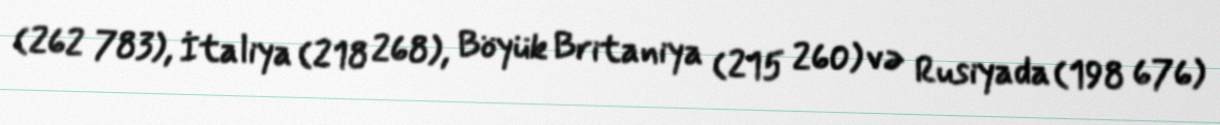
(262 783), İtaliya (218 268), Böyük Britaniya (215 260) və Rusiyada (198 676)